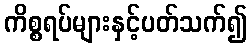
ကိစ္စရပ်များနှင့်ပတ်သက်၍